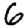
Digit: 6